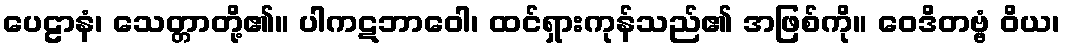
ပေဠာနံ၊ သေတ္တာတို့၏။ ပါကဋဘာဝေါ၊ ထင်ရှားကုန်သည်၏ အဖြစ်ကို။ ဝေဒိတဗ္ဗံ ဝိယ၊